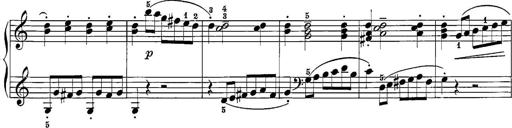
Title: 12 Sonatine per Pianoforte
Composer: Friedrich Kuhlau